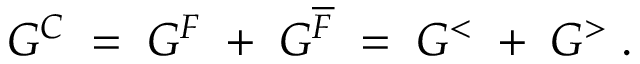
G ^ { C } \; = \; G ^ { F } \; + \; G ^ { \overline { { { F } } } } \; = \; G ^ { < } \; + \; G ^ { > } \; .